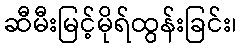
ဆီမီးမြင့်မိုရ်ထွန်းခြင်း၊